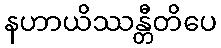
နဟာယိဿန္တီတိပေ